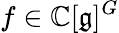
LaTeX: f\in\mathbb{C}[{\mathfrak{g}}]^{G}